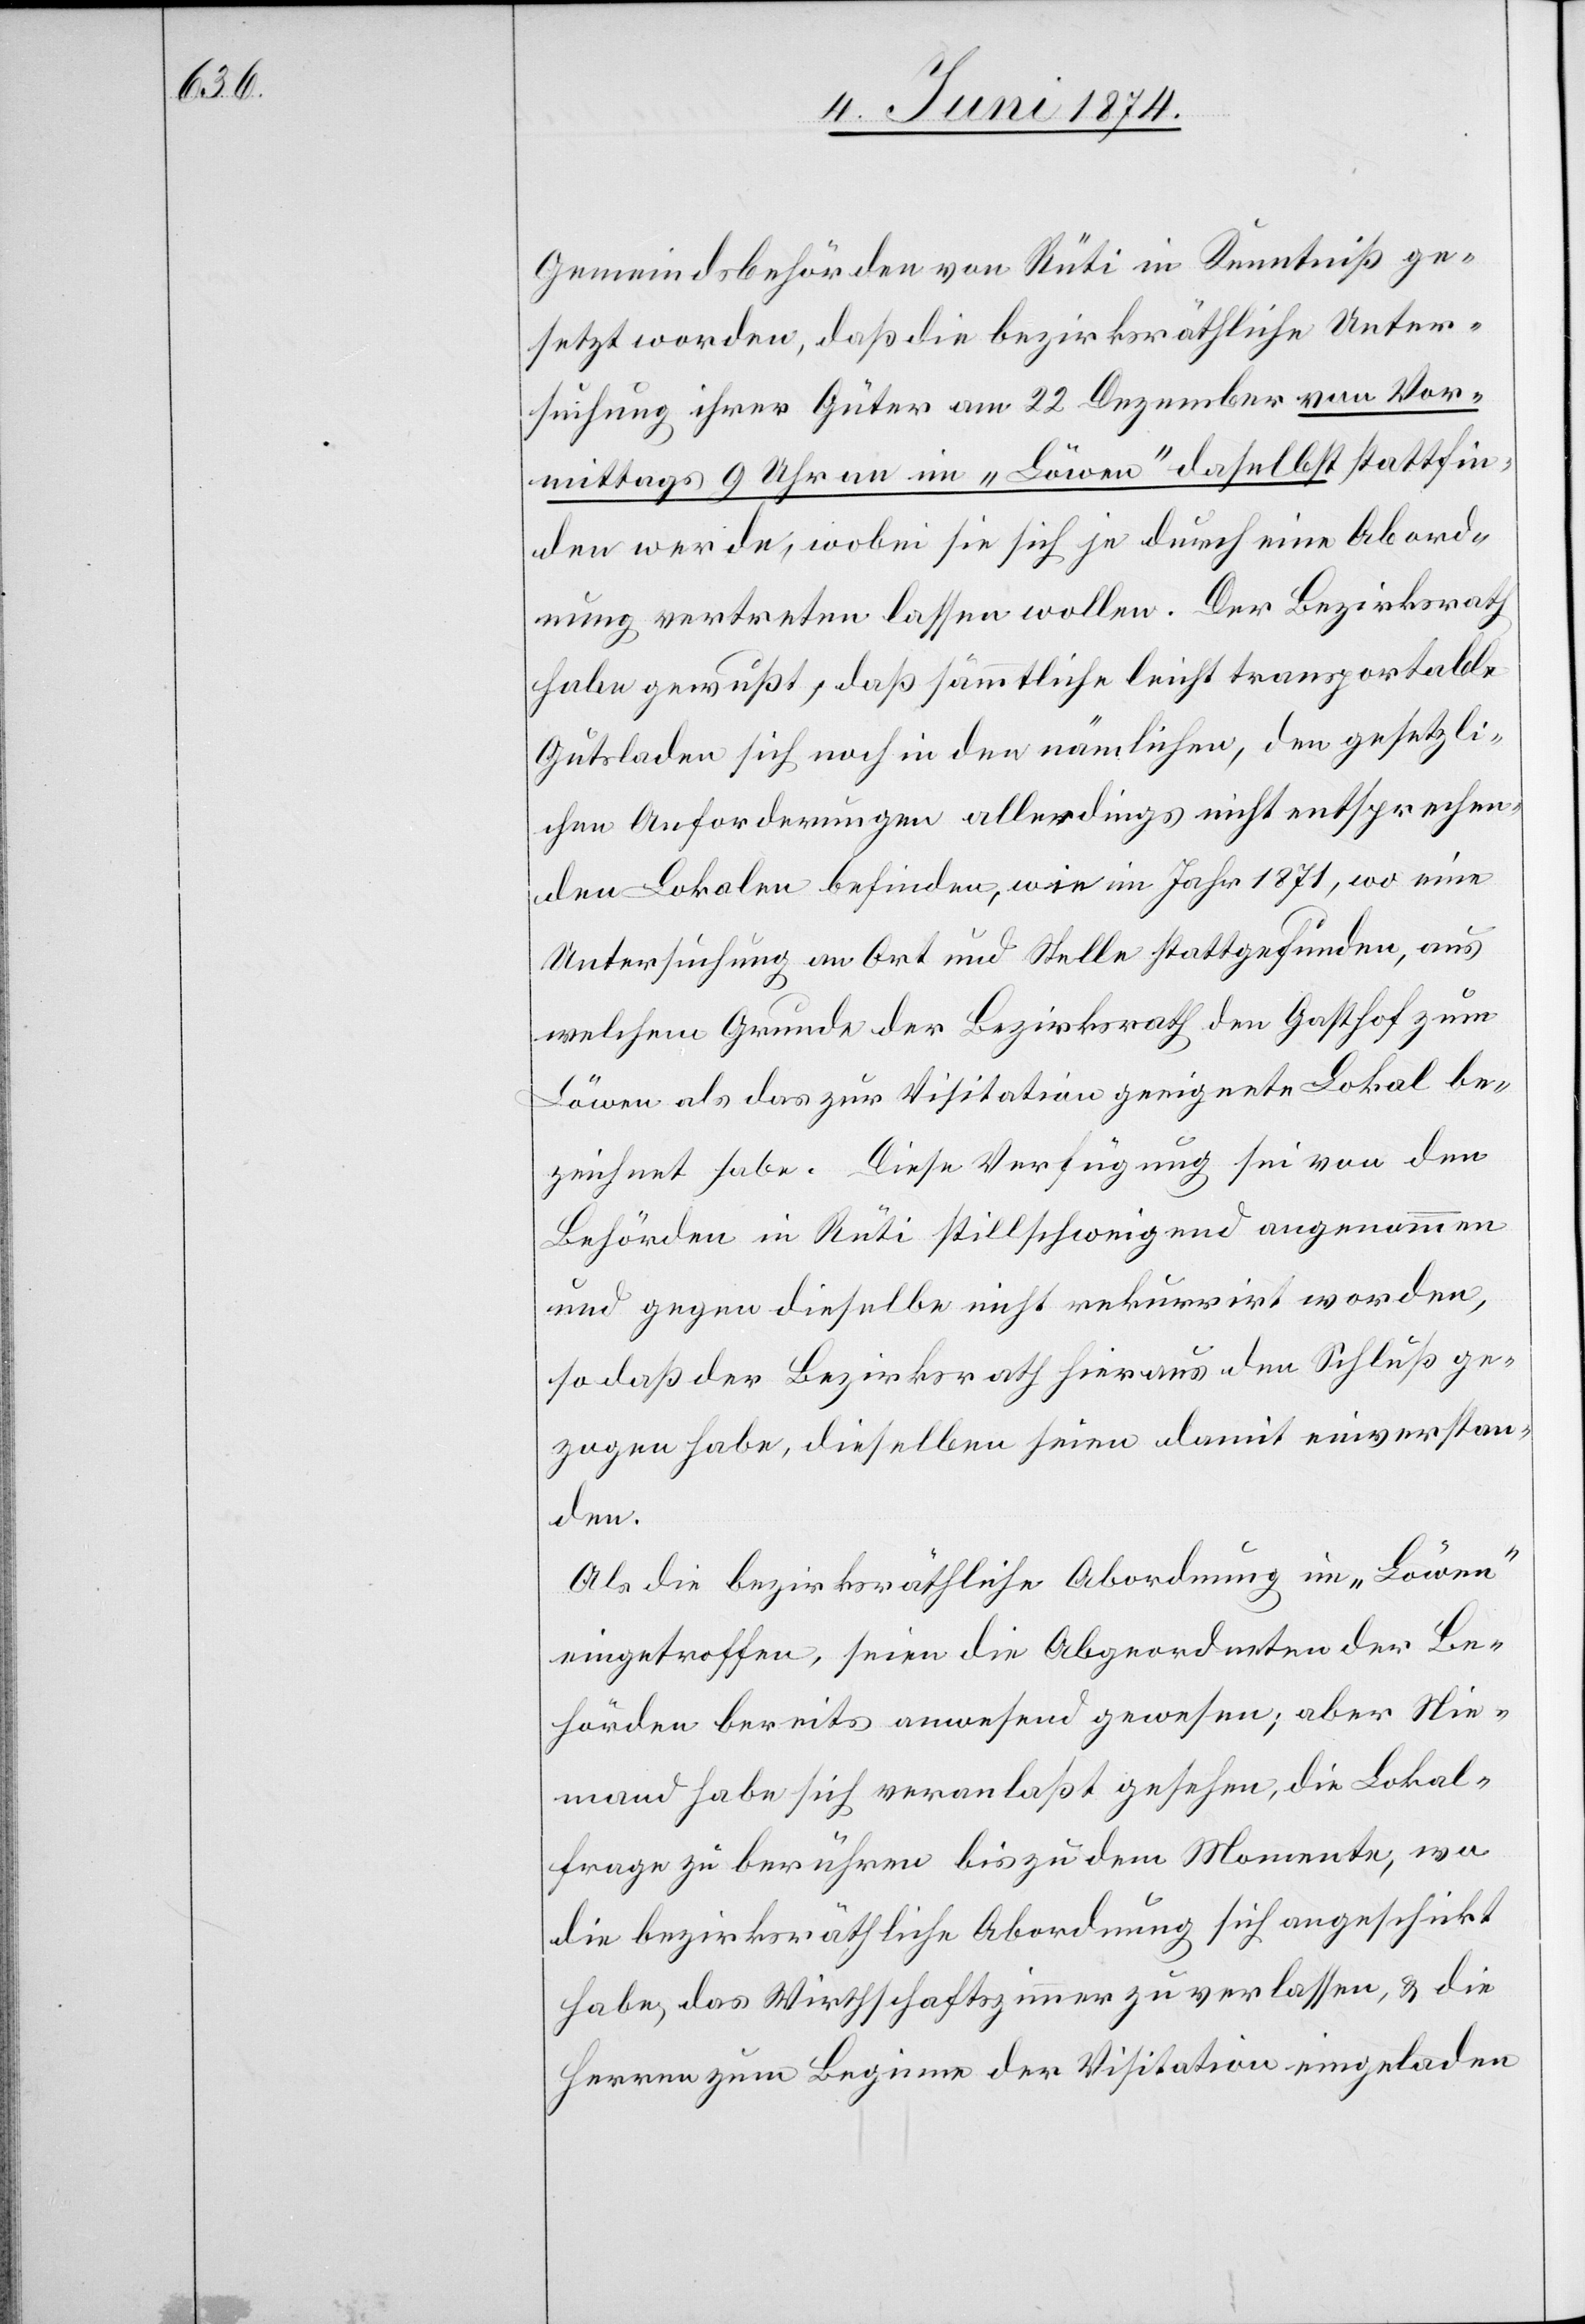
Gemeindsbehörden von Rüti in Kenntniß ge¬
setzt worden, daß die bezirksräthliche Unter¬
suchung ihrer Güter am 22. Dezember von Vor¬
mittags 9 Uhr an im „Löwen“ daselbst stattfin¬
den werde, wobei sie sich je durch eine Abord¬
nung vertreten lassen wollen. Der Bezirksrath
habe gewußt, daß sämmtliche leicht transportable
Gutsladen sich noch in den nämlichen, den gesetzli¬
chen Anforderungen allerdings nicht entsprechen¬
den Lokalen befinden, wie im Jahr 1871, wo eine
Untersuchung an Ort und Stelle stattgefunden, aus
welchem Grunde der Bezirksrath den Gasthof zum
Löwen als das zur Visitation geeignete Lokal be¬
zeichnet habe. Die Verfügung sei von den
Behörden in Rüti stillschweigend angenommen
und gegen dieselbe nicht rekurrirt worden,
so daß der Bezirksrath hieraus den Schluß ge¬
zogen habe, dieselben seien damit einverstan¬
den.
Als die bezirksräthliche Abordnung im „Löwen“
eingetroffen, seien die Abgeordneten der Be¬
hörden bereits anwesend gewesen; aber Nie¬
mand habe sich veranlaßt gesehen, die Lokal¬
frage zu berühren bis zu dem Momente, wo
die bezirksräthliche Abordnung sich angeschickt
habe, das Wirthschaftszimmer zu verlassen, u. die
Herren zum Beginn der Visitation eingeladen